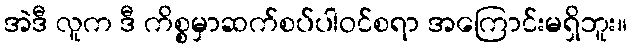
အဲဒီ လူက ဒီ ကိစ္စမှာဆက်စပ်ပါဝင်စရာ အကြောင်းမရှိဘူး။